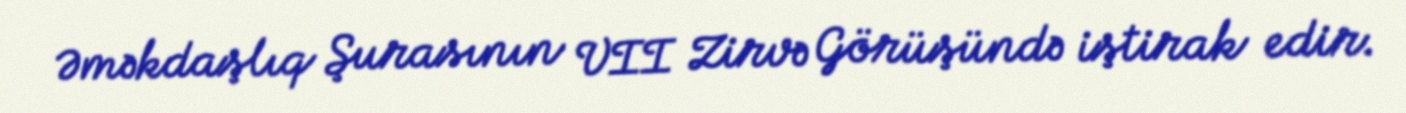
Əməkdaşlıq Şurasının VII Zirvə Görüşündə iştirak edir.